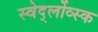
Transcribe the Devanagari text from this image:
स्वेर्द्लोव्स्क